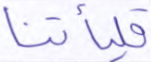
فليأتنا